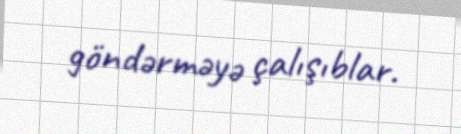
göndərməyə çalışıblar.